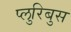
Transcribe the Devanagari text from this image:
प्लुरिबुस